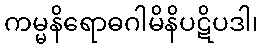
ကမ္မနိရောဓဂါမိနိပဋိပဒါ၊